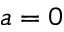
a = 0